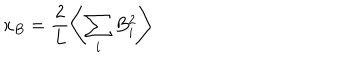
x _ { B } = \frac { 2 } { L } \left\langle \sum _ { i } B _ { i } ^ { 2 } \right\rangle